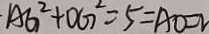
A G ^ { 2 } + O G ^ { 2 } = 5 = A O = 2